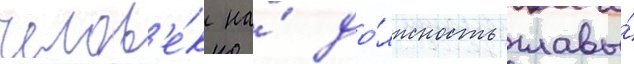
челов'е́к на́ до́лжность главы́